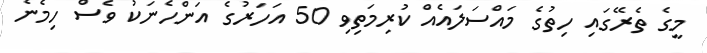
މީގެ ތެރޭގައި ހިތުގެ މައްސަލައެއް ކުރިމަތިވި 50 އަހަރުގެ އަންހެނަކު ވެސް ހިމެނެ